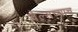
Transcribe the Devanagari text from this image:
वेल्सच्याच